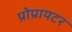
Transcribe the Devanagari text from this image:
प्रोप्रायटर